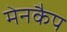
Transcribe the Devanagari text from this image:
मेनकैप